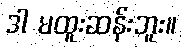
ဒါ မထူးဆန်းဘူး။